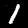
Digit: 1